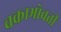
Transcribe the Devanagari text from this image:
चक्राभोवती